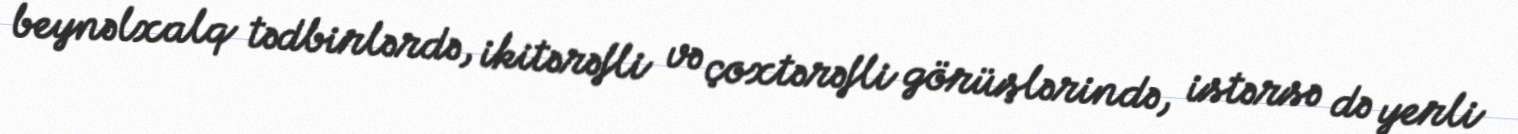
beynəlxalq tədbirlərdə, ikitərəfli və çoxtərəfli görüşlərində, istərsə də yerli